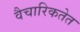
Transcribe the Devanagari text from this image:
वैचारिकतेत